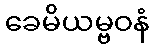
ခေမိယမ္ဗဝနံ